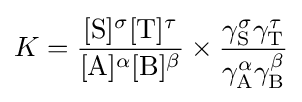
K={\frac {[\mathrm {S} ]^{\sigma }[\mathrm {T} ]^{\tau }}{[\mathrm {A} ]^{\alpha }[\mathrm {B} ]^{\beta }}}\times {\frac {\gamma _{\mathrm {S} }^{\sigma }\gamma _{\mathrm {T} }^{\tau }}{\gamma _{\mathrm {A} }^{\alpha }\gamma _{\mathrm {B} }^{\beta }}}